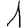
Digit: 1